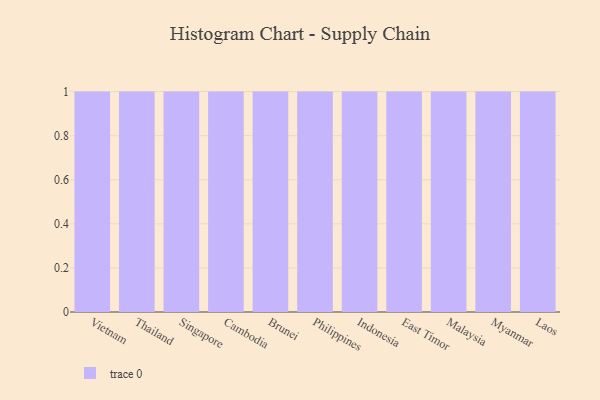
{"axis": {"x": "Country", "y": "Shipments"}, "legend": [""], "data": [{"x": "Vietnam", "y": 56, "type": ""}, {"x": "Thailand", "y": 34, "type": ""}, {"x": "Singapore", "y": 43, "type": ""}, {"x": "Cambodia", "y": 91, "type": ""}, {"x": "Brunei", "y": 35, "type": ""}, {"x": "Philippines", "y": 50, "type": ""}, {"x": "Indonesia", "y": 45, "type": ""}, {"x": "East Timor", "y": 50, "type": ""}, {"x": "Malaysia", "y": 59, "type": ""}, {"x": "Myanmar", "y": 87, "type": ""}, {"x": "Laos", "y": 70, "type": ""}]}